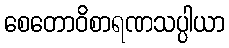
စေတောဝိစာရဏသပ္ပါယာ